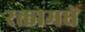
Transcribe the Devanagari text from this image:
रक्तामधे